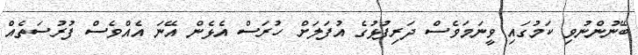
ބޭނުންނުވި ކަމުގައި ވީނަމަވެސް ދަރިފުޅުގެ އުފަލަށް ހުރަސް އެޅެން އޭނަ އެއްވެސް ފުރުސަތެއް